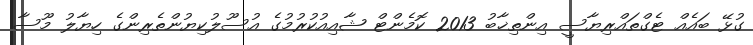
ގުޅޭ ބައެއް ޓެގްތައްރިޔާސީ އިންތިޚާބު 2013 ކޮމެންޓް ޝާއިއުކުރުމުގެ އުސޫލުކިޔުންތެރިންގެ ހިޔާލު މޫސާ